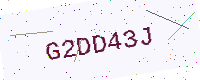
Text: G2DD43J